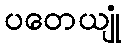
ပတေယျုံ